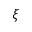
\xi